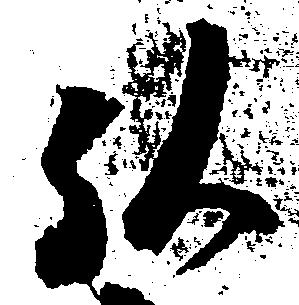
弘